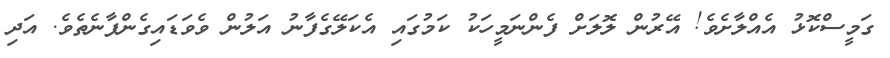
ގަމީސްކޮޅު އެއްލާށެވެ! އޭރުން ލޮލަށް ފެންނަމީހަކު ކަމުގައި އެކަލޭގެފާނު އަލުން ވެވަޑައިގެންފާނެތެވެ. އަދި